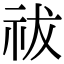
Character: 祓